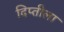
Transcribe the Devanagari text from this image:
दिप्तीला